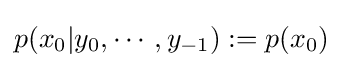
p(x_{0}|y_{0},\cdots ,y_{-1}):=p(x_{0})